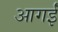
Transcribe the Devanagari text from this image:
आगईं